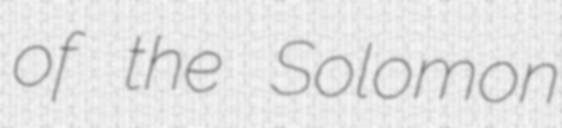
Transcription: of the Solomon